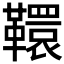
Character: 𩍡